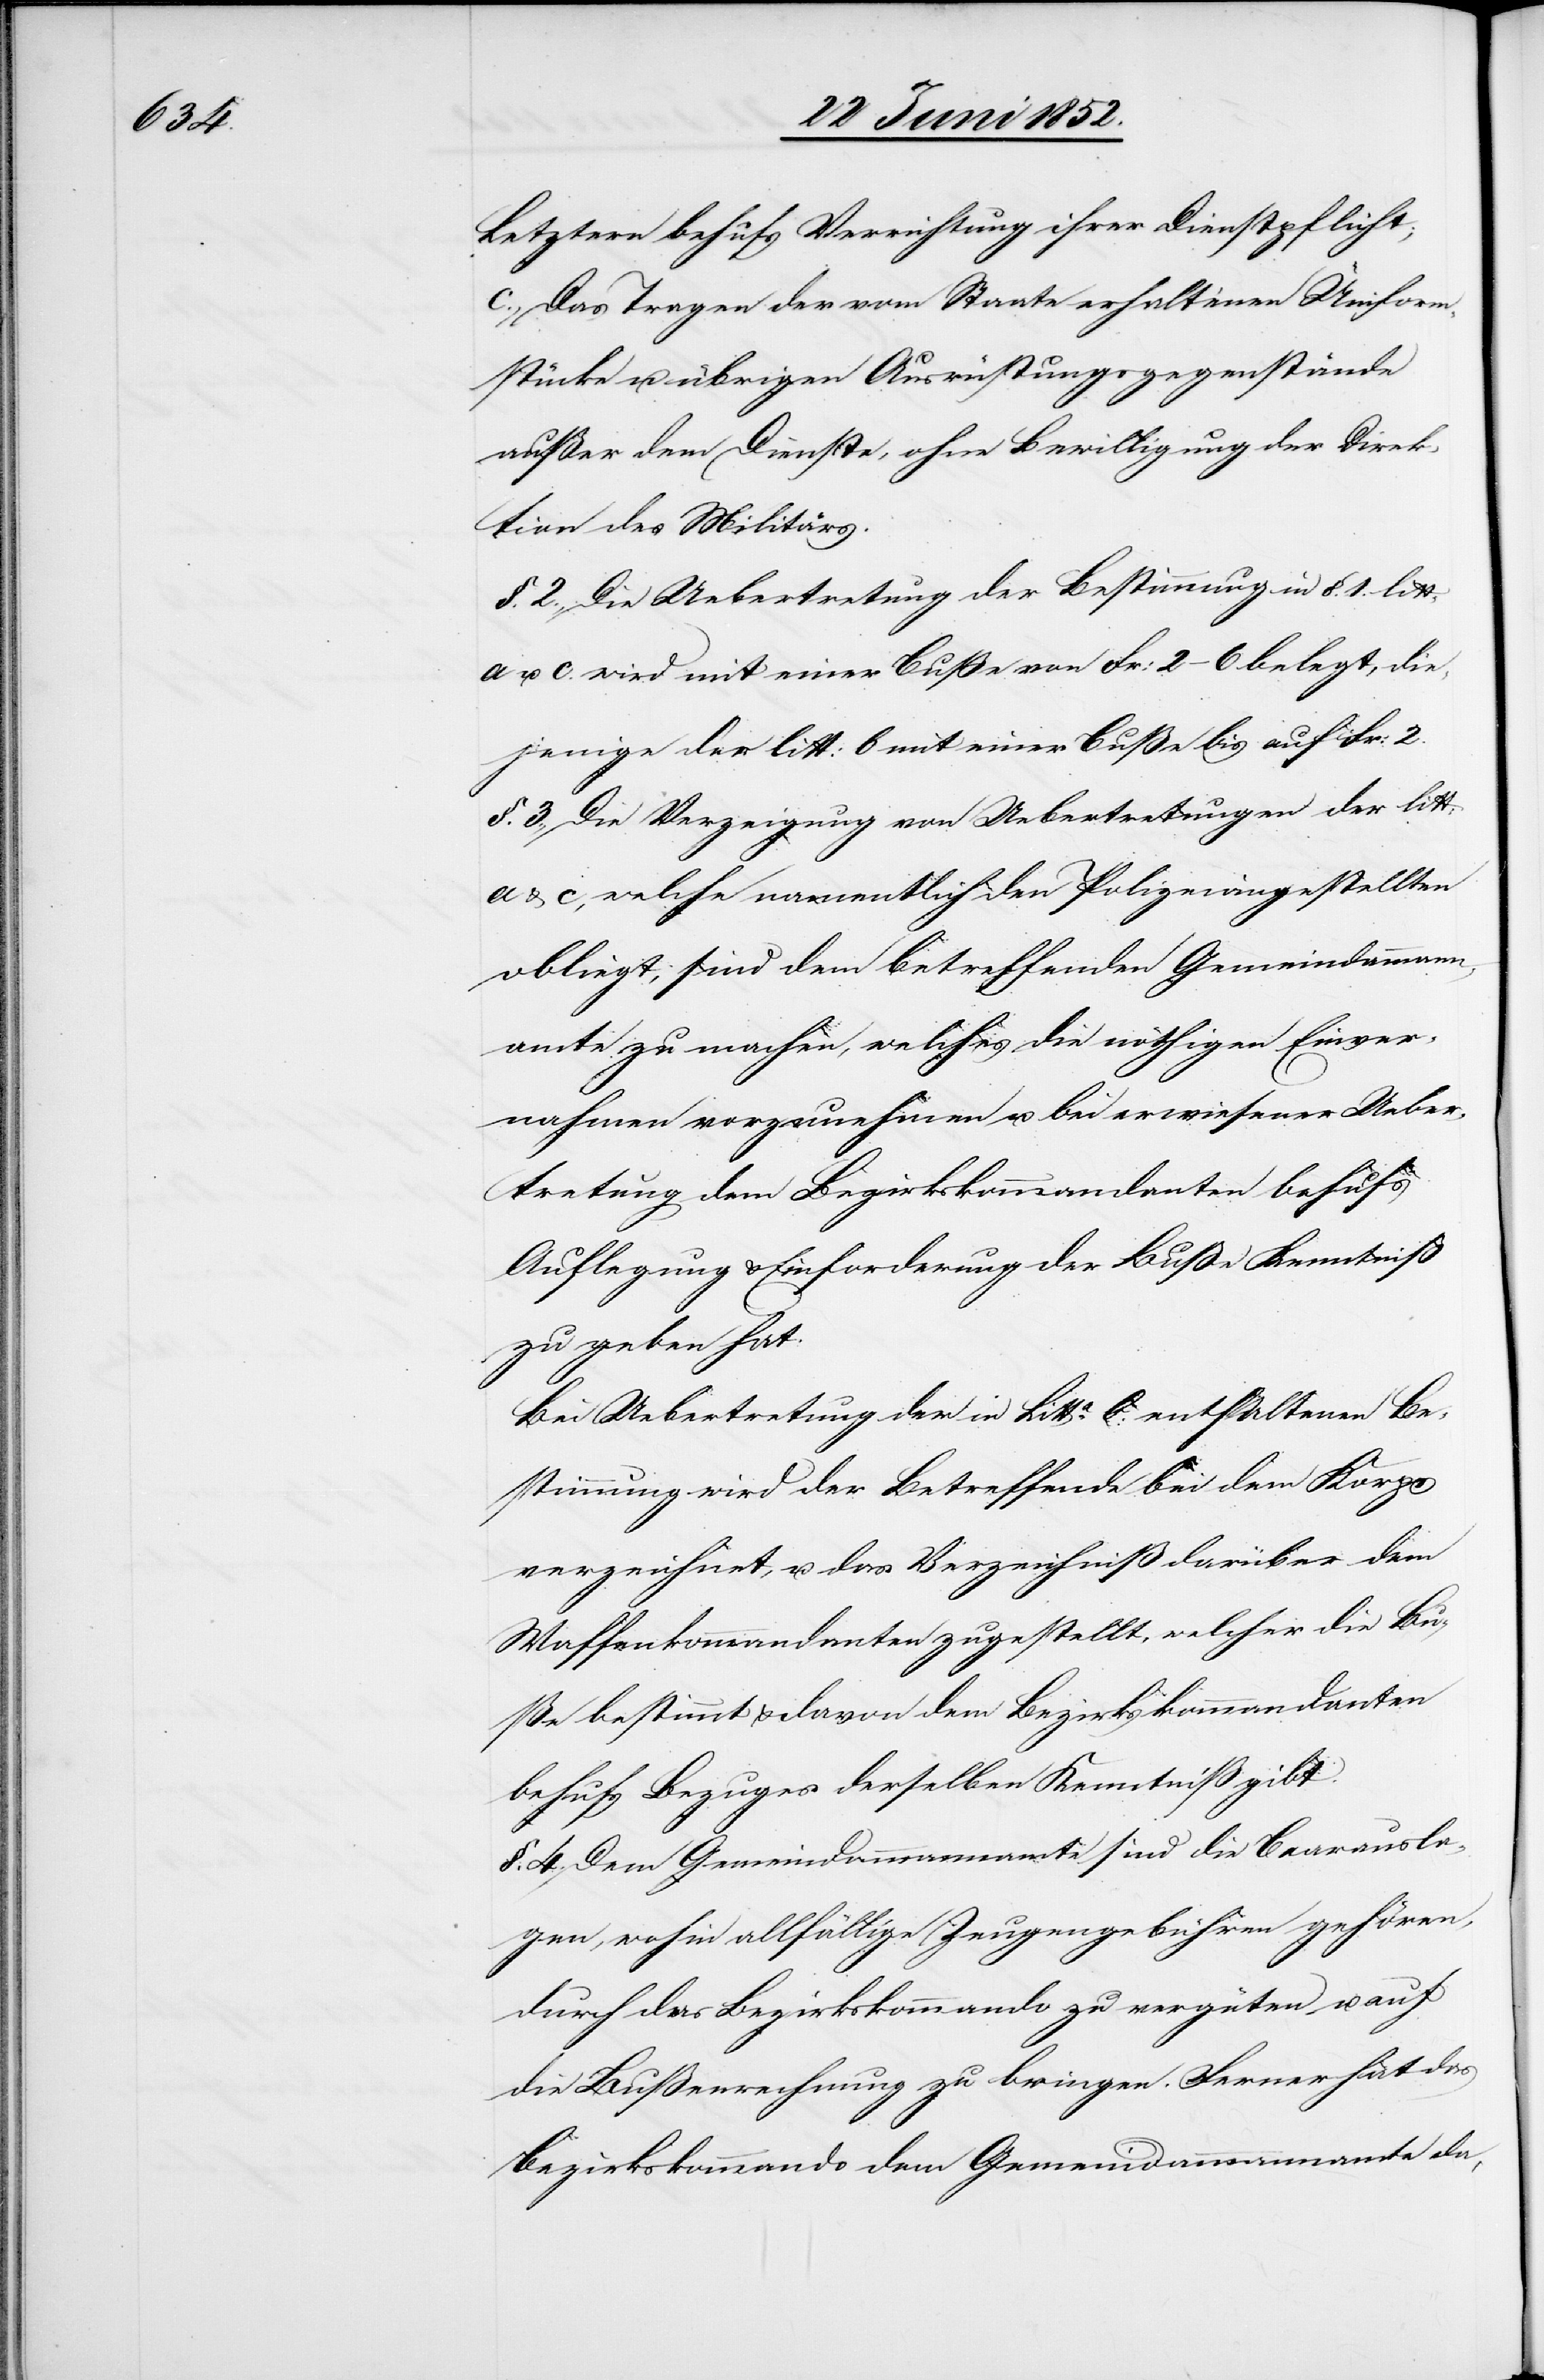
Letztern behufs Verrichtung ihrer Dienstpflicht;
Das Tragen der vom Staate erhaltenen Uniform¬
stücke u. übrigen Ausrüstungsgegenstände
außer dem Dienste, ohne Bewilligung der Direk¬
tion des Militärs.
§. 2. Die Uebertretung der Bestimmung in §. 1. litt.
c. wird mit einer Buße von Fr: 2–6 belegt, die¬
jenige der litt: b mit einer Buße bis auf Fr: 2.
§. 3., Die Verzeigung von Uebertretungen der litt:
a & c, welche namentlich den Polizeiangestellten
obliegt, sind dem betreffenden Gemeindammann¬
amte zu machen, welches die nöthigen Einver¬
nahmen vorzunehmen u. bei erwiesener Ueber¬
tretung dem Bezirkskommandanten behufs
Auflegung & Einforderung der Buße Kenntniß
zu geben hat.
Bei Uebertretung der in Litta. b: enthaltenen Be¬
stimmung wird der Betreffende bei dem Korps
verzeichnet, u. das Verzeichniß darüber dem
Waffenkommandanten zugestellt, welcher die Bu¬
ße bestimmt & davon dem Bezirkskommandanten
behufs Bezuges derselben Kenntniß gibt.
§. 4. Dem Gemeindammannamte sind die Baarausla¬
gen, wohin allfällige Zeugengebühren gehören,
durch das Bezirkskommando zu vergüten u. auf
die Bußenrechnung zu bringen. Ferner hat das
Bezirkskommando dem Gemeindammannamte da,